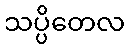
သပ္ပိတေလ